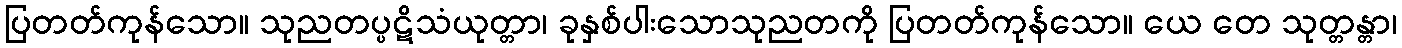
ပြတတ်ကုန်သော။ သုညတပ္ပဋိသံယုတ္တာ၊ ခုနှစ်ပါးသောသုညတကို ပြတတ်ကုန်သော။ ယေ တေ သုတ္တန္တာ၊